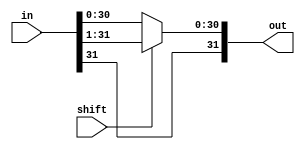
module sra_one(in, shift, out);
input [31:0] in;
input shift;
output [31:0] out;
wire [31:0] temp;

assign temp[31] = in[31];
assign temp[30:0] = in[31:1];

assign out = (shift == 1) ? temp : in;
endmodule

module sra_two(in, shift, out);
input [31:0] in;
input shift;
output [31:0] out;
wire [31:0] temp;

assign temp[31:30] = in[31:30];
assign temp[29:0] = in[31:2];

assign out = (shift == 1) ? temp : in;
endmodule


module sra_four(in, shift, out);
input [31:0] in;
input shift;
output [31:0] out;
wire [31:0] temp;

assign temp[31:28] = in[31:28];
assign temp[27:0] = in[31:4];

assign out = (shift == 1) ? temp : in;
endmodule

module sra_eight(in, shift, out);
input [31:0] in;
input shift;
output [31:0] out;
wire [31:0] temp;

assign temp[31:24] = in[31:24];
assign temp[23:0] = in[31:8];

assign out = (shift == 1) ? temp : in;
endmodule

module sra_steen(in, shift, out);
input [31:0] in;
input shift;
output [31:0] out;
wire [31:0] temp;

assign temp[31:16] = in[31:16];
assign temp[15:0] = in[31:16];

assign out = (shift == 1) ? temp : in;
endmodule

module sra(in, shift, out);
    input [31:0] in;
    output [31:0] out;
    input [4:0] shift; //5 bits shiftamount = 5 layers of mux
    wire [31:0] bus1, bus2, bus3, bus4; //buses to connect each mux layer

    sra_one shifterone(in, shift[0], bus1);
    sra_two shiftertwo(bus1, shift[1], bus2);
    sra_four shifterthree(bus2, shift[2], bus3);
    sra_eight shifterfour(bus3, shift[3], bus4);
    sra_steen shifterfive(bus4, shift[4], out);
endmodule